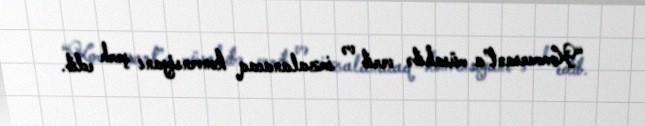
“Kommersant”a müsahibə verib və imzalanacaq konvensiyanı şərh edib.